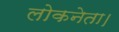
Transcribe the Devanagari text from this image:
लोकनेता।